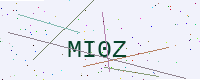
Text: MI0Z